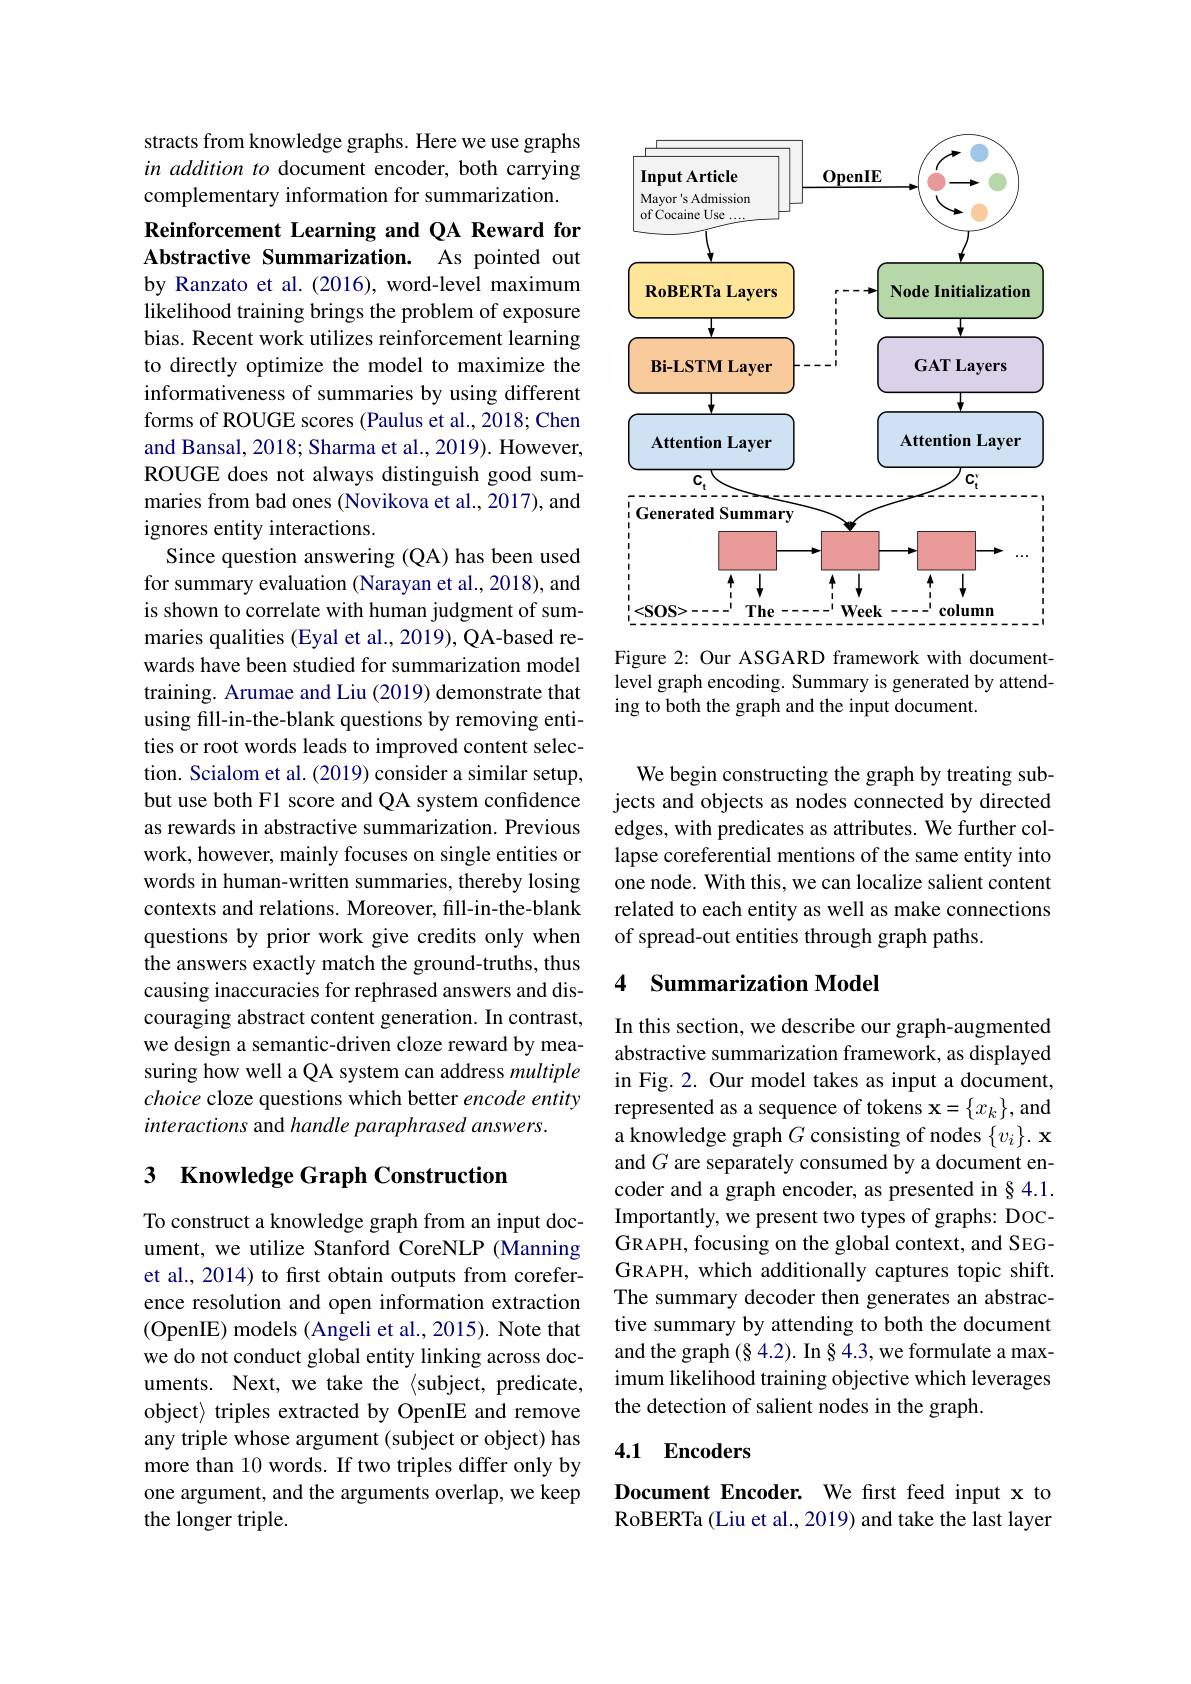
stracts from knowledge graphs. Here we use graphs in addition to document encoder, both carrying complementary information for summarization.

Reinforcement Learning and QA Reward for Abstractive Summarization. As pointed out

by Ranzato et al.(2016), word-level maximum likelihood training brings the problem of exposure bias. Recent work utilizes reinforcement learning to directly optimize the model to maximize the informativeness of summaries by using different forms of ROUGE scores (Paulus et al., 2018; Chen and Bansal, 2018; Sharma et al., 2019). However, ROUGE does not always distinguish good summaries from bad ones (Novikova et al., 2017), and ignores entity interactions.
Since question answering (QA) has been used for summary evaluation (Narayan et al., 2018), and is shown to correlate with human judgment of summaries qualities (Eyal et al., 2019), QA-based rewards have been studied for summarization model training. Arumae and Liu (2019) demonstrate that using fill-in-the-blank questions by removing entities or root words leads to improved content selection. Scialom et al. (2019) consider a similar setup, but use both F1 score and QA system confidence as rewards in abstractive summarization. Previous work, however, mainly focuses on single entities or words in human-written summaries, thereby losing contexts and relations. Moreover, fill-in-the-blank questions by prior work give credits only when the answers exactly match the ground-truths, thus causing inaccuracies for rephrased answers and discouraging abstract content generation. In contrast, we design a semantic-driven cloze reward by measuring how well a QA system can address multiple choice cloze questions which better encode entity interactions and handle paraphrased answers.

## 3 Knowledge Graph Construction

To construct a knowledge graph from an input document, we utilize Stanford CoreNLP (Manning et al., 2014) to frst obtain outputs from coreference resolution and open information extraction (OpenIE) models (Angeli et al., 2015). Note that we do not conduct global entity linking across documents. Next, we take the $\langle$subject, predicate, object〉 triples extracted by OpenIE and remove any triple whose argument (subject or object) has more than 10 words. If two triples differ only by one argument, and the arguments overlap, we keep the longer triple.

<FigureHere>
Figure 2: Our ASGARD framework with document-

level graph encoding. Summary is generated by attend-
ing to both the graph and the input document.

We begin constructing the graph by treating subjects and objects as nodes connected by directed edges, with predicates as attributes. We further collapse coreferential mentions of the same entity into one node. With this, we can localize salient content related to each entity as well as make connections of spread-out entities through graph paths.

## 4 Summarization Model

In this section, we describe our graph-augmented abstractive summarization framework, as displayed in Fig. 2. Our model takes as input a document, represented as a sequence of tokens $\mathbf{x}=\{x_k\}$,and a knowledge graph $G$ consisting of nodes $\{ v_i\} . \textbf{x}$ and $G$ are separately consumed by a document encoder and a graph encoder, as presented in § 4.1. Importantly, we present two types of graphs: DOCGRAPH, focusing on the global context, and SEGGRAPH, which additionally captures topic shift. The summary decoder then generates an abstractive summary by attending to both the document and the graph $(\S4.2).$ In § 4.3, we formulate a maximum likelihood training objective which leverages the detection of salient nodes in the graph.

## 4.1 Encoders

Document Encoder. We first feed input x to RoBERTa (Liu et al., 2019) and take the last layer